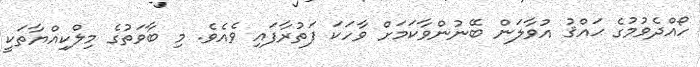
ހޯއްދެވުމުގެ ޙައްޤު އުވާލަން ބޭނުންވާކަމަށް ވާހަކަ ފަތުރާފައި ވެއެވެ. މި ބާވަތުގެ މިލްކިއްޔާތަކީ